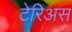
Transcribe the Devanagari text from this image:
टेरिअस